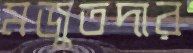
মজুতদার